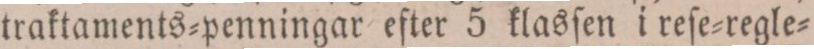
traktaments=penningar efter 5 klasſen i reſe=regle=